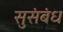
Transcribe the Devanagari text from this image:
सुसंबंध